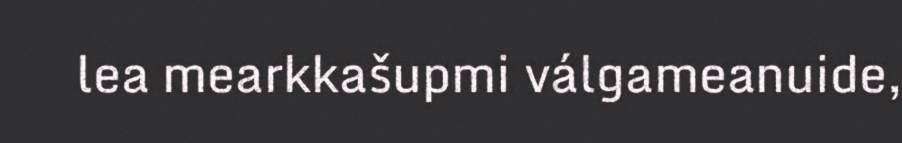
lea mearkkašupmi válgameanuide,